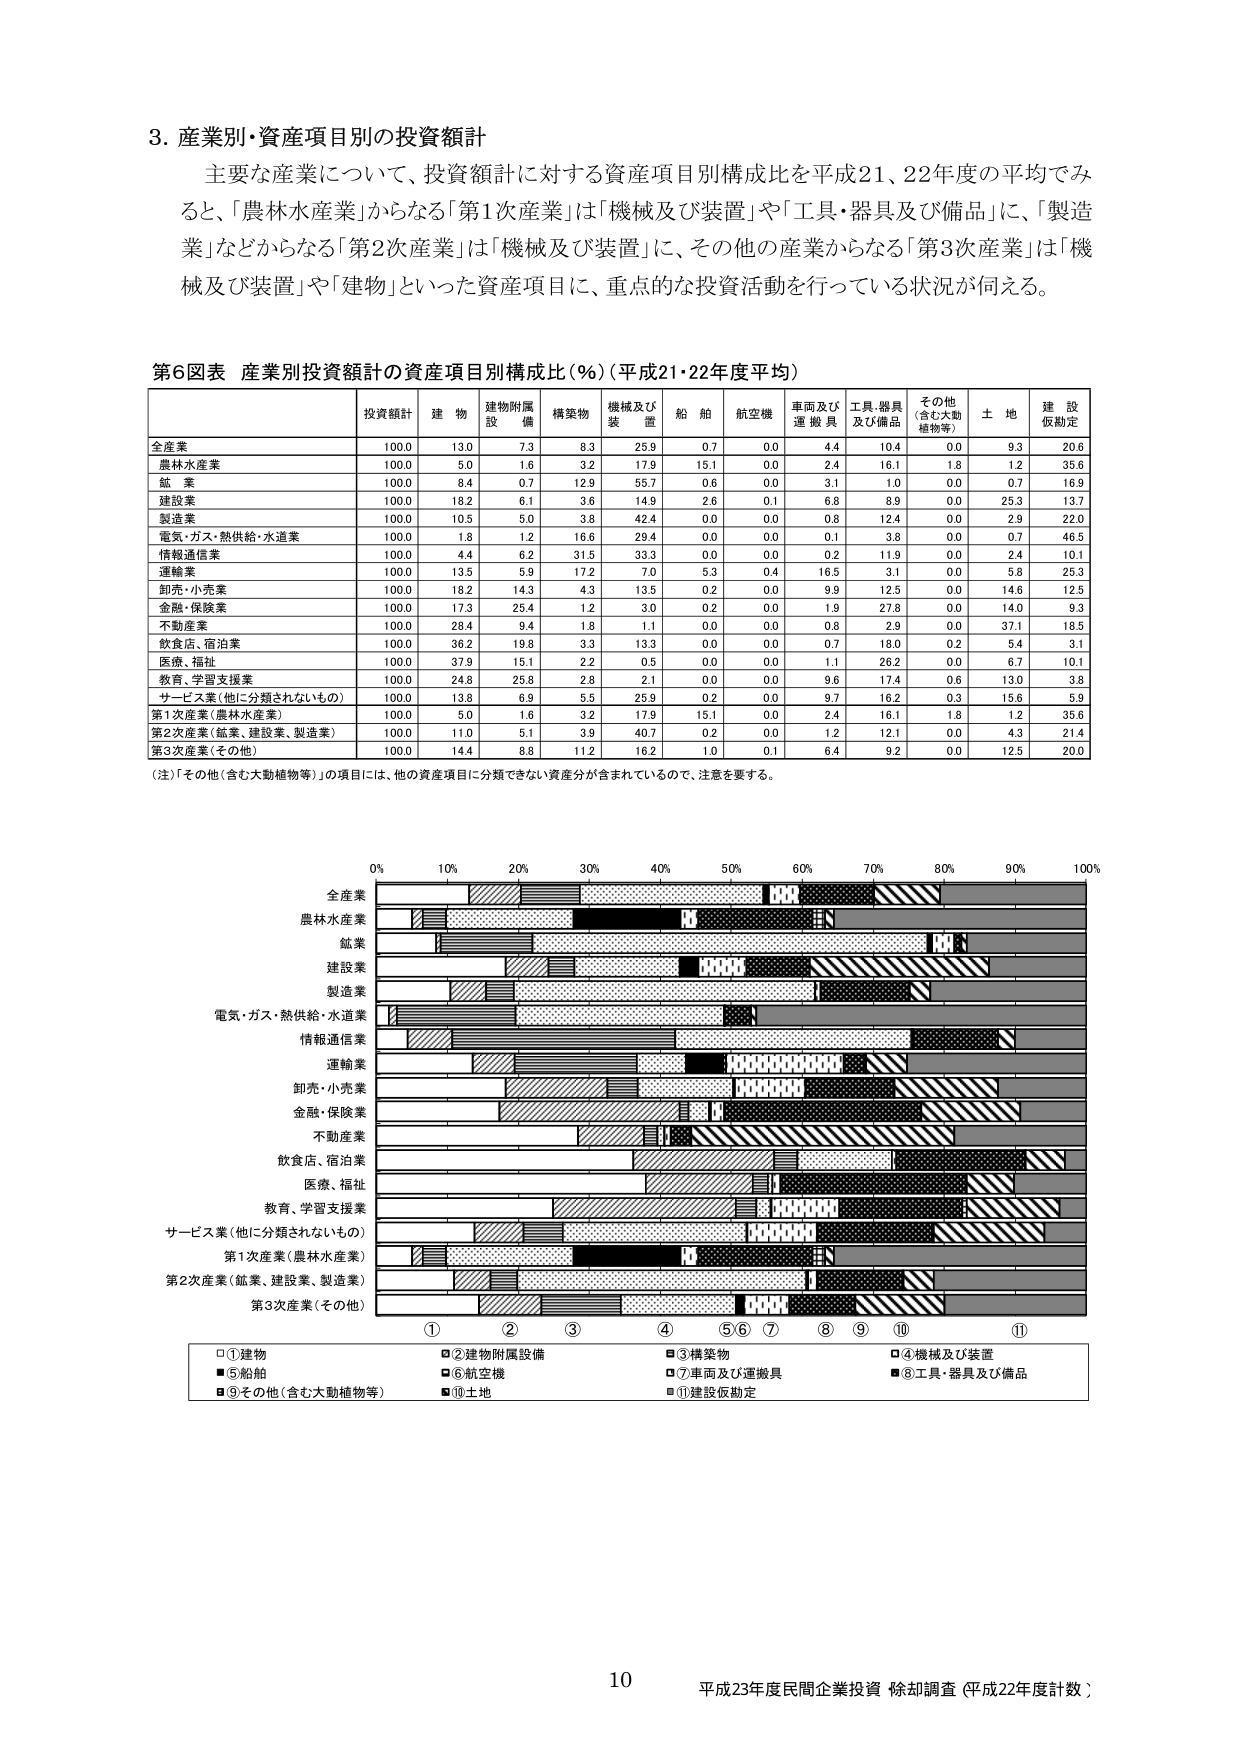
3. 産業別・資産項目別の投資額計

主要な産業について、投資額計に対する資産項目別構成比を平成21、22年度の平均でみると、「農林水産業」からなる「第1次産業」は「機械及び装置」や「工具・器具及び備品」に、「製造業」などからなる「第2次産業」は「機械及び装置」に、その他の産業からなる「第3次産業」は「機械及び装置」や「建物」といった資産項目に、重点的な投資活動を行っている状況が伺える。

第6図表 産業別投資額計の資産項目別構成比（％）（平成21・22年度平均）

投資額計 建物 建物附属設備 構築物 機械及び装置 船舶 航空機 車両及び運搬具 工具・器具及び備品 その他（含む大動植物等） 土地 建設仮勘定

全産業 100.0 13.0 7.3 8.3 25.9 0.7 0.0 4.4 10.4 0.0 9.3 20.6
農林水産業 100.0 5.0 1.6 3.2 17.9 15.1 0.0 2.4 16.1 1.8 1.2 35.6
鉱業 100.0 8.4 0.7 12.9 55.7 0.6 0.0 3.1 1.0 0.0 0.7 16.9
建設業 100.0 18.2 6.1 3.6 14.9 2.6 0.1 6.8 8.9 0.0 25.3 13.7
製造業 100.0 10.5 5.0 3.8 42.4 0.0 0.0 0.8 12.4 0.0 2.9 22.0
電気・ガス・熱供給・水道業 100.0 1.8 1.2 16.6 29.4 0.0 0.0 0.1 3.8 0.0 0.7 46.5
情報通信業 100.0 4.4 6.2 31.5 33.3 0.0 0.0 0.2 11.9 0.0 2.4 10.1
運輸業 100.0 13.5 5.9 17.2 7.0 5.3 0.4 16.5 3.1 0.0 5.8 25.3
卸売・小売業 100.0 18.2 14.3 4.3 13.5 0.2 0.0 9.9 12.5 0.0 14.6 12.5
金融・保険業 100.0 17.3 25.4 1.2 3.0 0.2 0.0 1.9 27.8 0.0 14.0 9.3
不動産業 100.0 28.4 9.4 1.8 1.1 0.0 0.0 0.8 2.9 0.0 37.1 18.5
飲食店、宿泊業 100.0 36.2 19.8 3.3 13.3 0.0 0.0 0.7 18.0 0.2 5.4 3.1
医療、福祉 100.0 37.9 15.1 2.2 0.5 0.0 0.0 1.1 26.2 0.0 6.7 10.1
教育、学習支援業 100.0 24.8 25.8 2.8 2.1 0.0 0.0 9.6 17.4 0.6 13.0 3.8
サービス業（他に分類されないもの） 100.0 13.8 6.9 5.5 25.9 0.2 0.0 9.7 16.2 0.3 15.6 5.9
第1次産業（農林水産業） 100.0 5.0 1.6 3.2 17.9 15.1 0.0 2.4 16.1 1.8 1.2 35.6
第2次産業（鉱業、建設業、製造業） 100.0 11.0 5.1 3.9 40.7 0.2 0.0 1.2 12.1 0.0 4.3 21.4
第3次産業（その他） 100.0 14.4 8.8 11.2 16.2 1.0 0.1 6.4 9.2 0.0 12.5 20.0

（注）「その他（含む大動植物等）」の項目には、他の資産項目に分類できない資産分が含まれているので、注意を要する。

0% 10% 20% 30% 40% 50% 60% 70% 80% 90% 100%

全産業
農林水産業
鉱業
建設業
製造業
電気・ガス・熱供給・水道業
情報通信業
運輸業
卸売・小売業
金融・保険業
不動産業
飲食店、宿泊業
医療、福祉
教育、学習支援業
サービス業（他に分類されないもの）
第1次産業（農林水産業）
第2次産業（鉱業、建設業、製造業）
第3次産業（その他）

①建物 ②建物附属設備 ③構築物 ④機械及び装置
⑤船舶 ⑥航空機 ⑦車両及び運搬具 ⑧工具・器具及び備品
⑨その他（含む大動植物等） ⑩土地 ⑪建設仮勘定

10 平成23年度民間企業投資 除却調査（平成22年度計数）